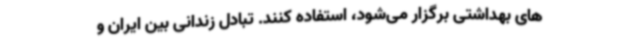
های بهداشتی برگزار می‌شود، استفاده کنند. تبادل زندانی بین ایران و